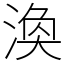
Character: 渙